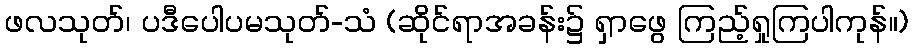
ဖလသုတ်၊ ပဒီပေါပမသုတ်-သံ (ဆိုင်ရာအခန်း၌ ရှာဖွေ ကြည့်ရှုကြပါကုန်။)